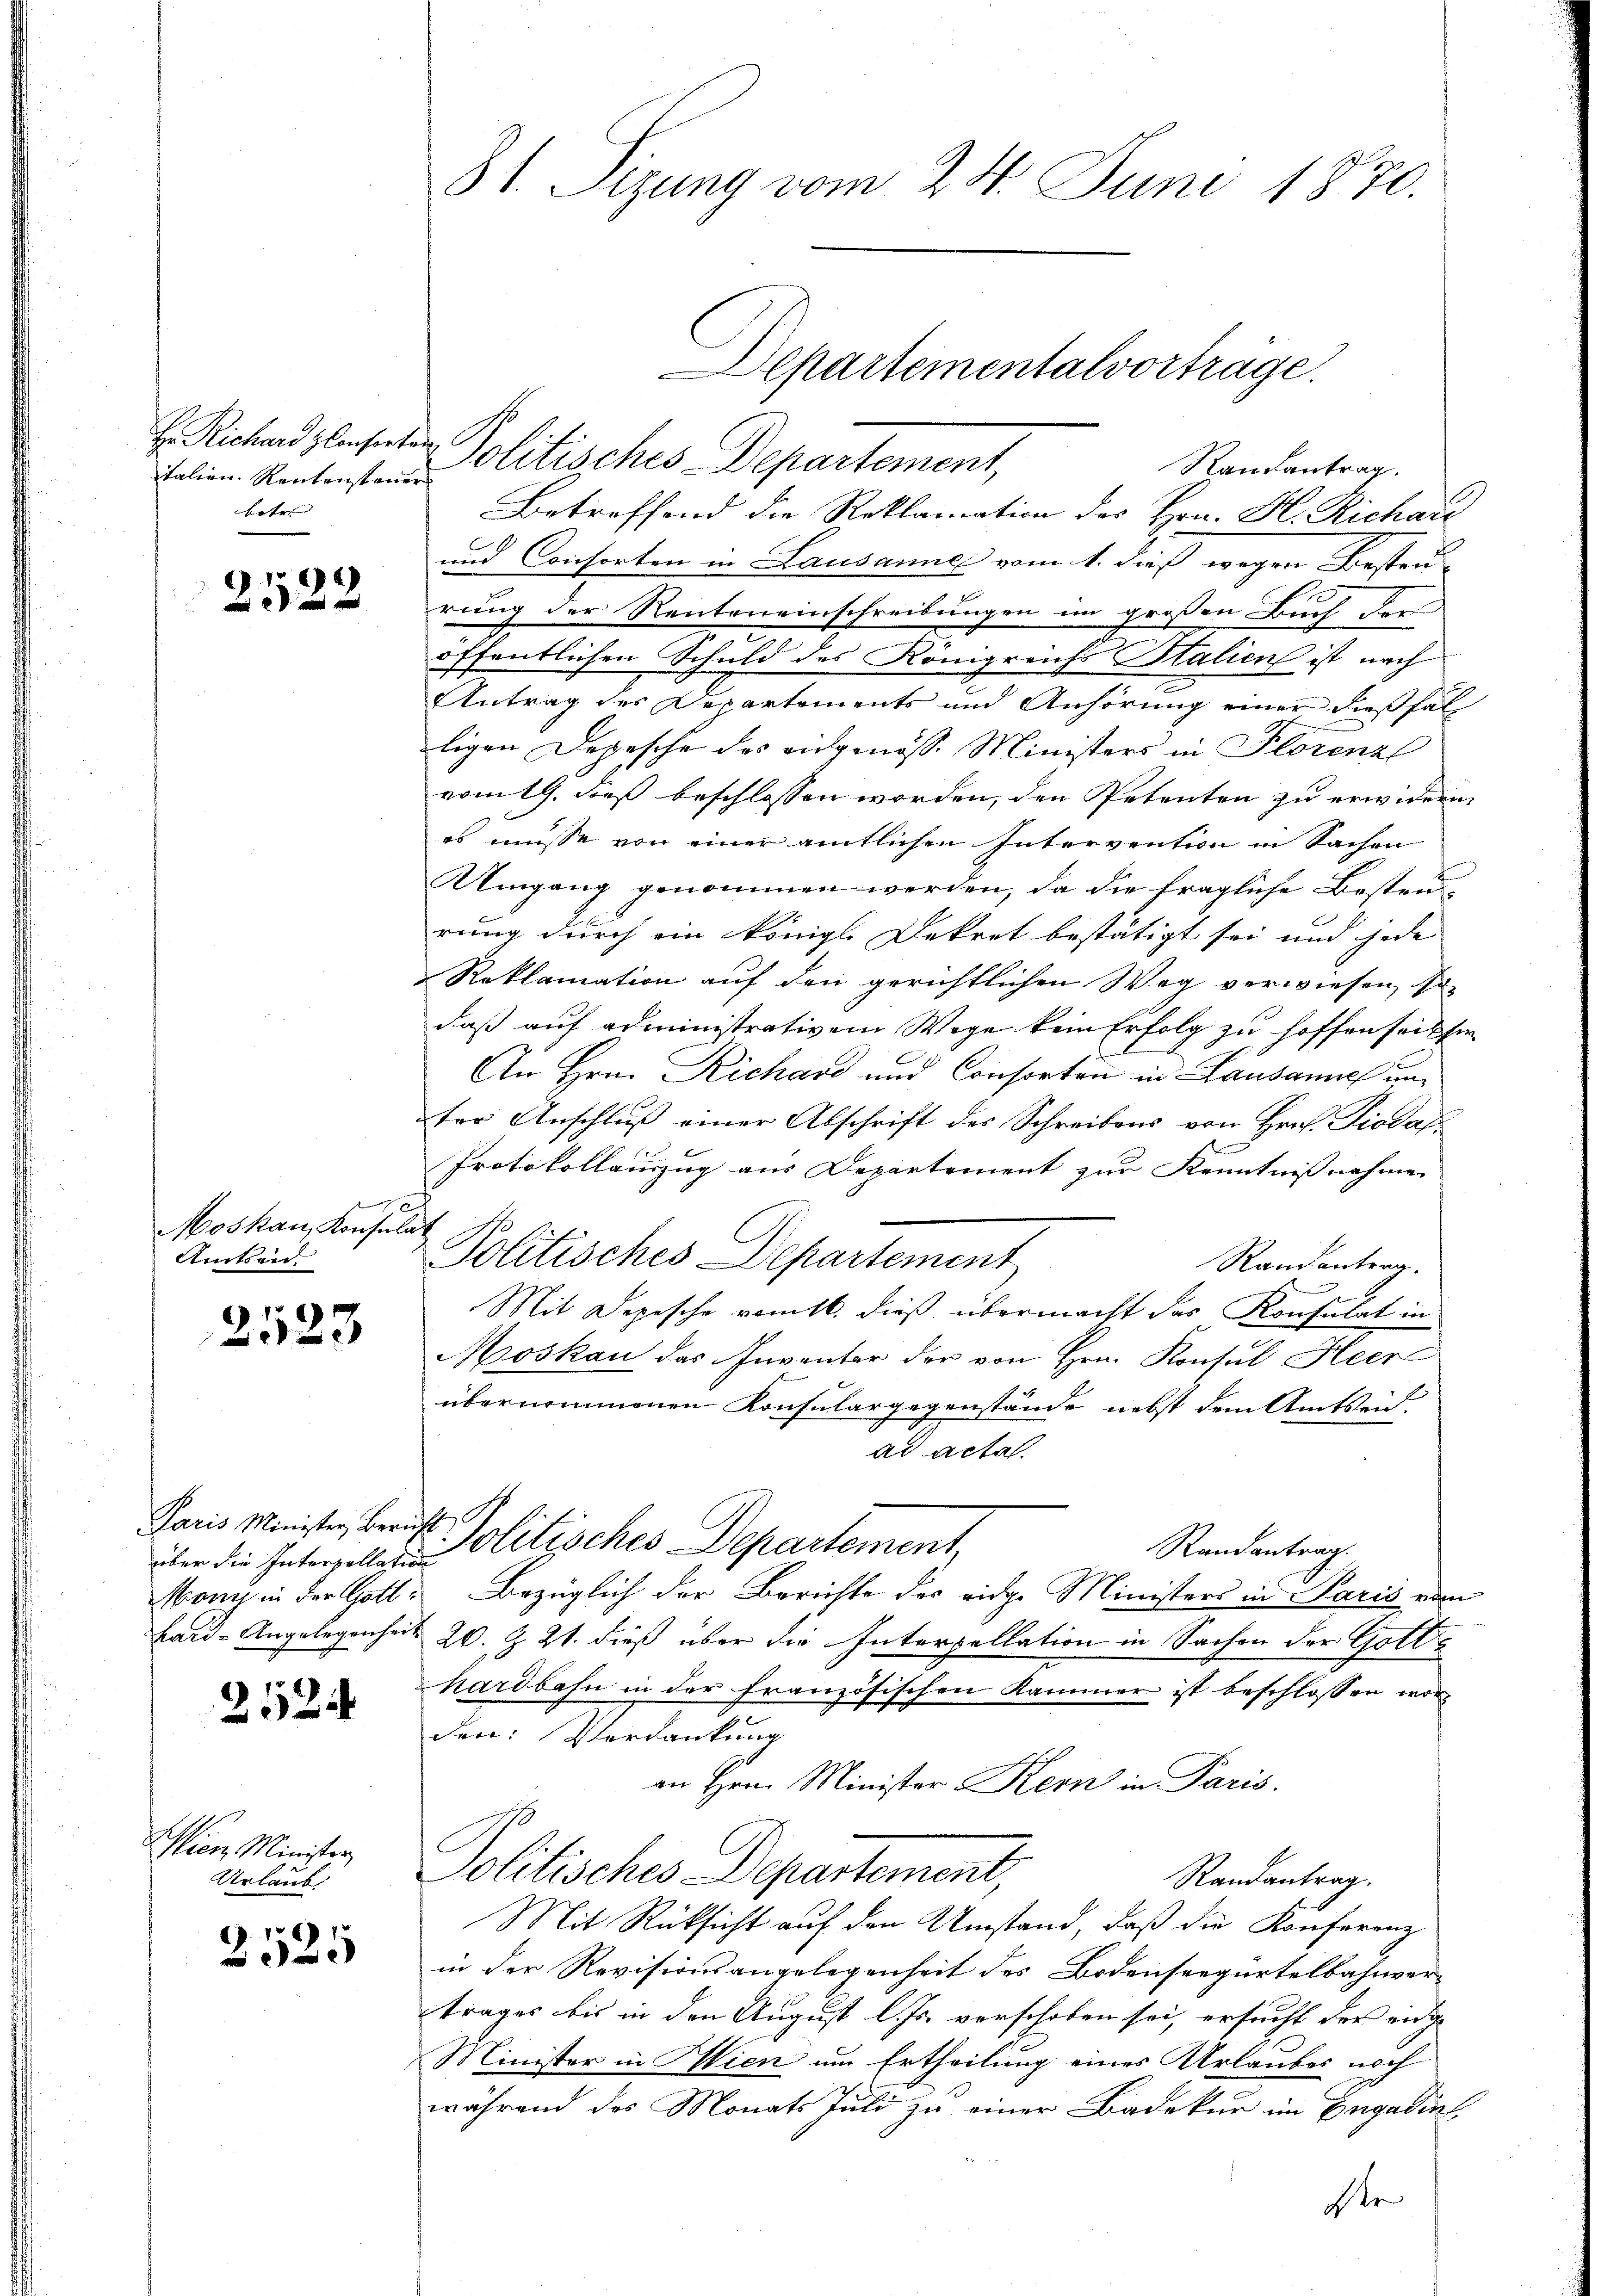
italien. Rentensteuer
boten |

2522

Moskau, Konsulat
Amtsen

2523

über die Interpellation

2524

Wien Minister
Urlaub

2525

31. Sizung vom 24. Juni 1870.
Departementalvorträge.

Rautantrag.
Betreffend die Reklamation des Hrn. H. Richaić
und Consorten in Lausanne vom 1. dieß wegen Besteu-
rung der Renteneinschreibungen im großen Buch der
öffentlichen Schuld des Königreichs Italien ist nach
Antrag des Departements und Anhörung einer dießfal
ligen Depesche des eidgenöss. Ministers in Florenzl
vom 19. dieß beschlossen worden, den Petenten zu erwidern
es müsse von einer amtlichen Intervention in Sachen
Umgang genommen werden, da die fragliche Bosten-
rung durch ein königl. Dekret bestätigt sei und jede |
Reklamation auf den gerichtlichen Weg verwiesen, so
daß auf administrativem Wege kein Erfolg zu hoffen seitser
An Hrn. Richard und Consorten in Lausannes unter Anschluß einer Abschrift des Schreibens von Hrn. Piodaf
Protokollauszug aus Departement zur Kenntnissnahme |
zet
Politisches Departement
Randantrag.
Mit Depesche vomtl. dieß übermacht des Konsulat in
Moskau das Inventer der von Hrn. Konsul Heer
übernommenen Konsulargegenstände nebst dem Amtseid.
ad acta.
Paris Minister, Bericht Politisches Departement,
Randantrag.
oni in der Gott bezüglich der Berichte des eidge Ministers in Paris vom
Bard-Angelegenheit 20. Z. 21. dieß über die Interpellation in Sachen der Gotte
hardbahn in der französischen Kammer ist beschlossen worden: Verdankung
an Hrn. Minister Kern in Paris.
Politisches Departement,
Randantrag.
Mit Rücksicht auf den Umstand, daß die Konferenz
in der Revisionsangelegenheit des Bodenseegürtelbahnver-
trages bis in den August l. Js. vorschofen sei, ersucht der eidge
Minister in Hien um Ertheilung eines Urlaubes noch
während des Monats Juli zu einer Badekur im Engadin
der

H. Richard gleiterten Politisches Departement,